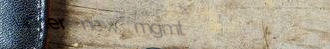
under new mgmt